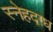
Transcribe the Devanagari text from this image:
स्नेहदग्ध